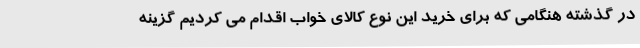
در گذشته هنگامی که برای خرید این نوع کالای خواب اقدام می کردیم گزینه